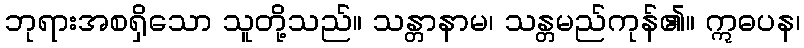
ဘုရားအစရှိသော သူတို့သည်။ သန္တာနာမ၊ သန္တမည်ကုန်၏။ ဣဓပန၊